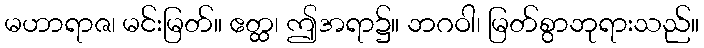
မဟာရာဇ၊ မင်းမြတ်။ ဧတ္ထ၊ ဤအရာ၌။ ဘဂဝါ၊ မြတ်စွာဘုရားသည်။